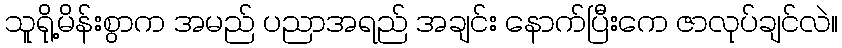
သူရို့မိန်းစွာက အမည် ပညာအရည် အချင်း နောက်ပြီးကေ ဇာလုပ်ချင်လဲ။